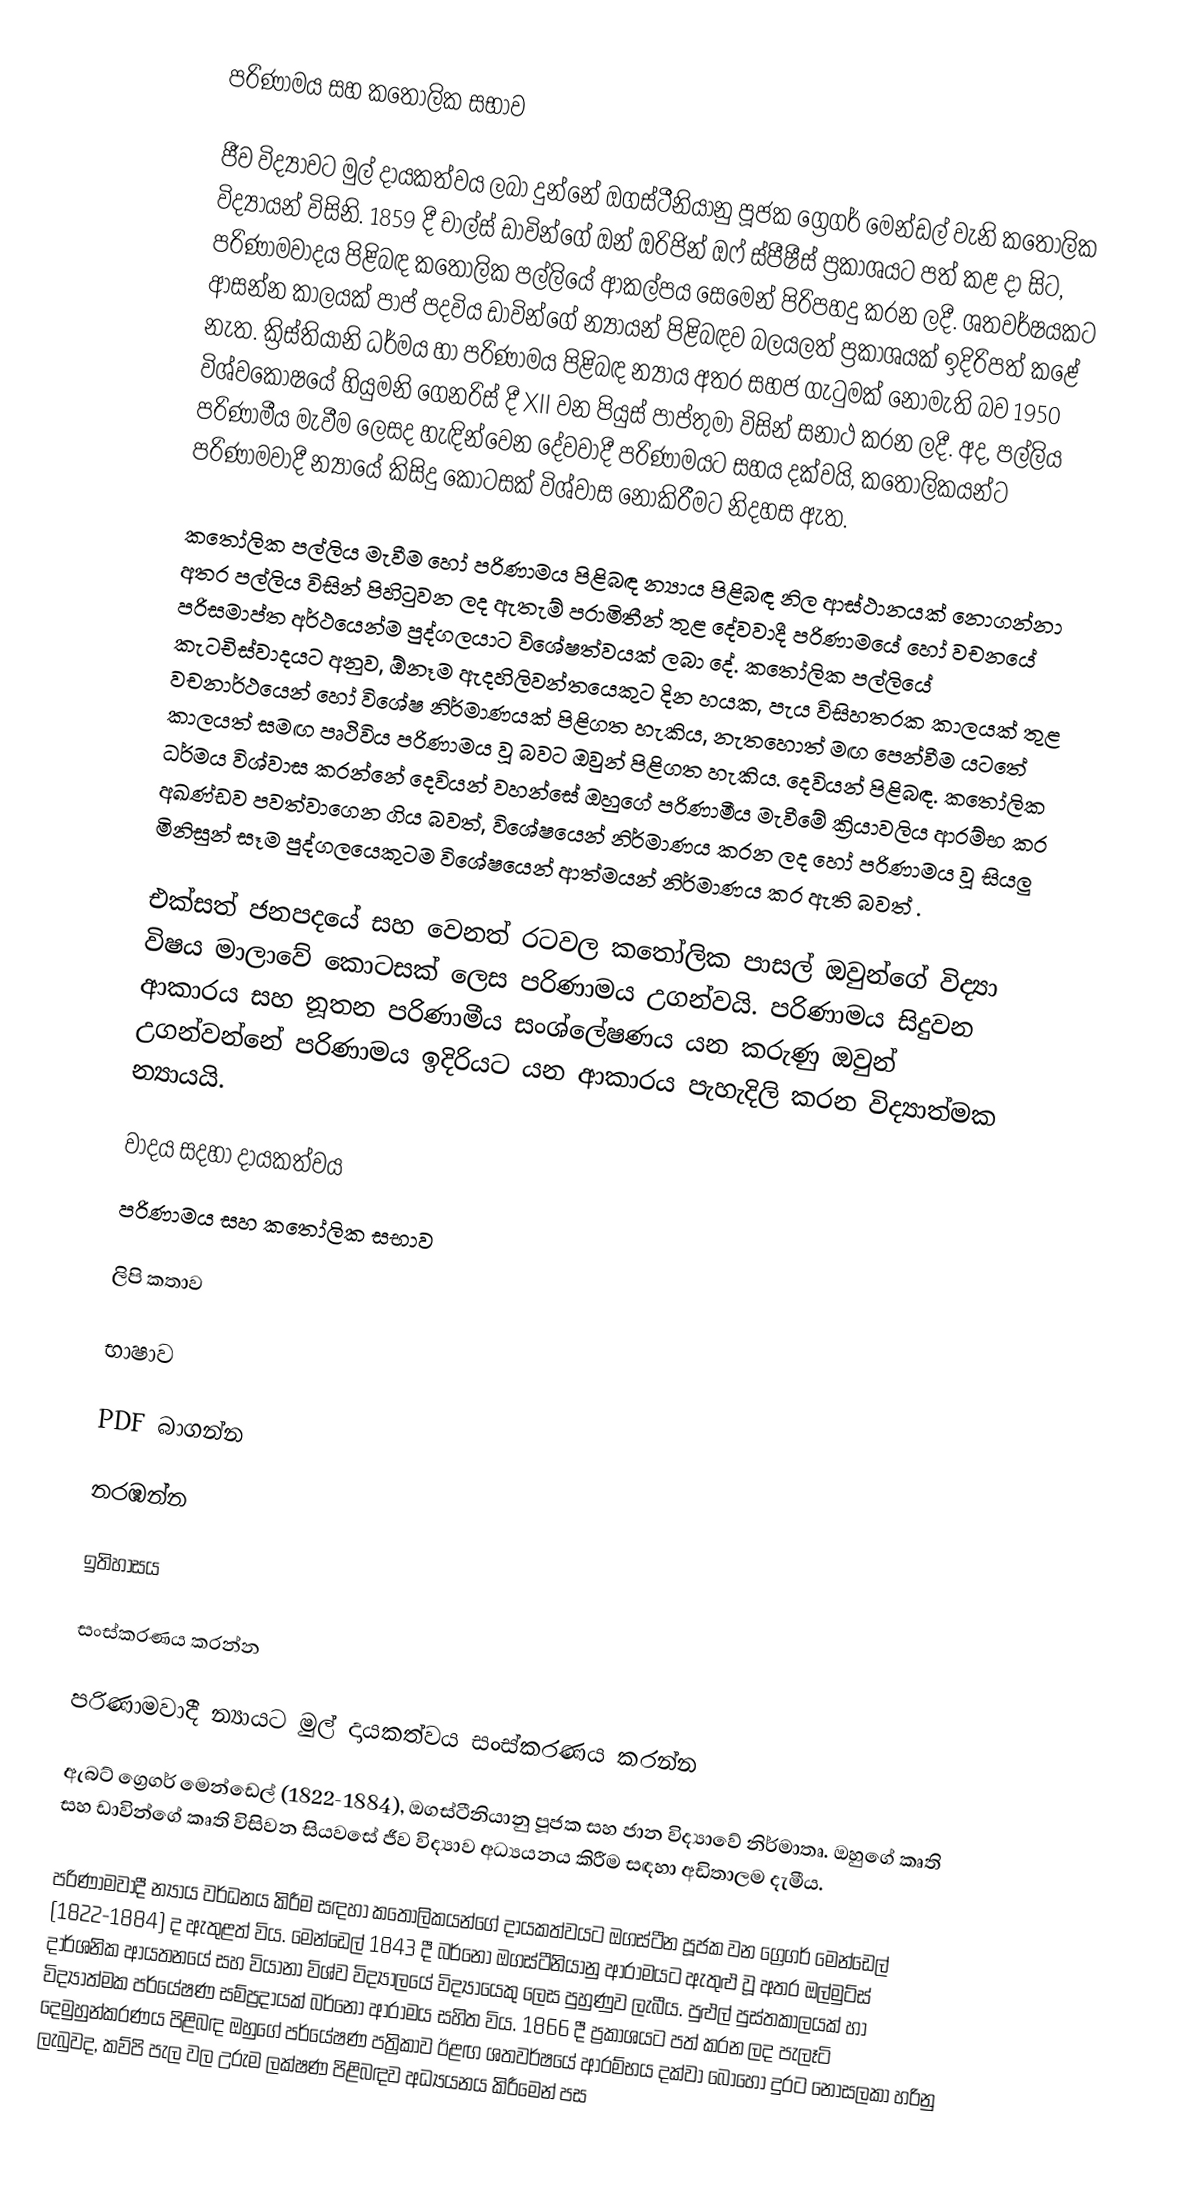
පරිණාමය සහ කතෝලික සභාව

ජීව විද්‍යාවට මුල් දායකත්වය ලබා දුන්නේ ඔගස්ටීනියානු පූජක ග්‍රෙගර් මෙන්ඩල් වැනි කතෝලික විද්‍යායන් විසිනි. 1859 දී චාල්ස් ඩාවින්ගේ ඔන් ඔරිජින් ඔෆ් ස්පීෂීස් ප්‍රකාශයට පත් කළ දා සිට, පරිණාමවාදය පිළිබඳ කතෝලික පල්ලියේ ආකල්පය සෙමෙන් පිරිපහදු කරන ලදී. ශතවර්ෂයකට ආසන්න කාලයක් පාප් පදවිය ඩාවින්ගේ න්‍යායන් පිළිබඳව බලයලත් ප්‍රකාශයක් ඉදිරිපත් කළේ නැත. ක්‍රිස්තියානි ධර්මය හා පරිණාමය පිළිබඳ න්‍යාය අතර සහජ ගැටුමක් නොමැති බව 1950 විශ්වකෝෂයේ හියුමනි ගෙනරිස් දී XII වන පියුස් පාප්තුමා විසින් සනාථ කරන ලදී. අද, පල්ලිය පරිණාමීය මැවීම ලෙසද හැඳින්වෙන දේවවාදී පරිණාමයට සහය දක්වයි, කතෝලිකයන්ට පරිණාමවාදී න්‍යායේ කිසිදු කොටසක් විශ්වාස නොකිරීමට නිදහස ඇත.

කතෝලික පල්ලිය මැවීම හෝ පරිණාමය පිළිබඳ න්‍යාය පිළිබඳ නිල ආස්ථානයක් නොගන්නා අතර පල්ලිය විසින් පිහිටුවන ලද ඇතැම් පරාමිතීන් තුළ දේවවාදී පරිණාමයේ හෝ වචනයේ පරිසමාප්ත අර්ථයෙන්ම පුද්ගලයාට විශේෂත්වයක් ලබා දේ. කතෝලික පල්ලියේ කැටචිස්වාදයට අනුව, ඕනෑම ඇදහිලිවන්තයෙකුට දින හයක, පැය විසිහතරක කාලයක් තුළ වචනාර්ථයෙන් හෝ විශේෂ නිර්මාණයක් පිළිගත හැකිය, නැතහොත් මඟ පෙන්වීම යටතේ කාලයත් සමඟ පෘථිවිය පරිණාමය වූ බවට ඔවුන් පිළිගත හැකිය. දෙවියන් පිළිබඳ. කතෝලික ධර්මය විශ්වාස කරන්නේ දෙවියන් වහන්සේ ඔහුගේ පරිණාමීය මැවීමේ ක්‍රියාවලිය ආරම්භ කර අඛණ්ඩව පවත්වාගෙන ගිය බවත්, විශේෂයෙන් නිර්මාණය කරන ලද හෝ පරිණාමය වූ සියලු මිනිසුන් සෑම පුද්ගලයෙකුටම විශේෂයෙන් ආත්මයන් නිර්මාණය කර ඇති බවත් .

එක්සත් ජනපදයේ සහ වෙනත් රටවල කතෝලික පාසල් ඔවුන්ගේ විද්‍යා විෂය මාලාවේ කොටසක් ලෙස පරිණාමය උගන්වයි. පරිණාමය සිදුවන ආකාරය සහ නූතන පරිණාමීය සංශ්ලේෂණය යන කරුණු ඔවුන් උගන්වන්නේ පරිණාමය ඉදිරියට යන ආකාරය පැහැදිලි කරන විද්‍යාත්මක න්‍යායයි.

වාදය සදහා දායකත්වය
පරිණාමය සහ කතෝලික සභාව

ලිපි කතාව

භාෂාව

PDF බාගන්න

නරඹන්න

ඉතිහාසය

සංස්කරණය කරන්න

පරිණාමවාදී න්‍යායට මුල් දායකත්වය සංස්කරණය කරන්න

ඇබට් ග්‍රෙගර් මෙන්ඩෙල් (1822-1884), ඔගස්ටීනියානු  පූජක  සහ ජාන විද්‍යාවේ නිර්මාතෘ. ඔහුගේ කෘති සහ ඩාවින්ගේ කෘති විසිවන සියවසේ ජීව විද්‍යාව අධ්‍යයනය කිරීම සඳහා අඩිතාලම දැමීය.

පරිණාමවාදී න්‍යාය වර්ධනය කිරීම සඳහා කතෝලිකයන්ගේ දායකත්වයට ඔගස්ටීන පූජක  වන ග්‍රෙගර් මෙන්ඩෙල් (1822-1884) ද ඇතුළත් විය. මෙන්ඩෙල් 1843 දී බර්නෝ ඔගස්ටීනියානු ආරාමයට ඇතුළු වූ අතර ඔල්මුට්ස් දාර්ශනික ආයතනයේ සහ වියානා විශ්ව විද්‍යාලයේ විද්‍යායෙකු ලෙස පුහුණුව ලැබීය. පුළුල් පුස්තකාලයක් හා විද්‍යාත්මක පර්යේෂණ සම්ප්‍රදායක්  බර්නෝ ආරාමය සහිත   විය. 1866 දී ප්‍රකාශයට පත් කරන ලද පැලෑටි දෙමුහුන්කරණය පිළිබඳ ඔහුගේ පර්යේෂණ පත්‍රිකාව ඊළඟ ශතවර්ෂයේ ආරම්භය දක්වා බොහෝ දුරට නොසලකා හරිනු ලැබුවද, කව්පි පැල වල උරුම ලක්ෂණ පිළිබඳව අධ්‍යයනය කිරීමෙන් පස